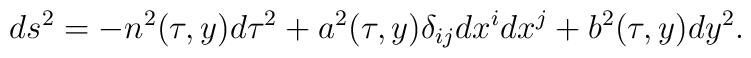
ds^2=-n^2(\tau,y)d\tau^2+a^2(\tau,y)\delta_{ij}dx^idx^j+b^2(\tau,y)dy^2.